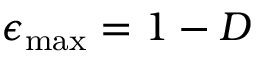
\epsilon _ { \mathrm { m a x } } = 1 - D